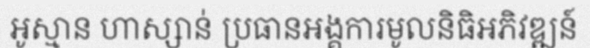
អូស្មាន ហាស្សាន់ ប្រធានអង្គការមូលនិធិអភិវឌ្ឍន៍